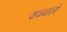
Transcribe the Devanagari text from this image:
कळ्ळलो